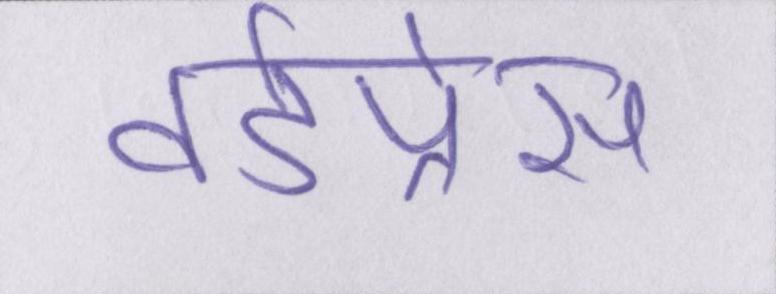
वर्डप्रेस